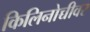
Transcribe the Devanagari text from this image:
किलिनोच्चीवर